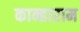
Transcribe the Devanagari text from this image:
कान्हाराम